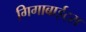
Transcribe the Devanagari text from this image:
गिगाबाईट्स